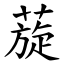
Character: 蔙